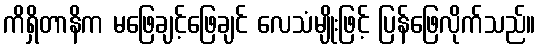
ကိရှိတာနိက မဖြေချင့်ဖြေချင် လေသံမျိုးဖြင့် ပြန်ဖြေလိုက်သည်။